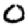
Digit: 0